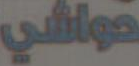
حواشي